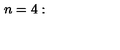
n = 4 : \quad